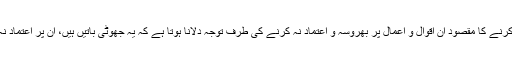
ان کو ذکر کرنے کا مقصود ان اقوال و اعمال پر بھروسہ و اعتماد نہ کرنے کی طرف توجہ دلانا ہوتا ہے کہ یہ جھوٹی باتیں ہیں، ان پر اعتماد نہ کیا جائے۔